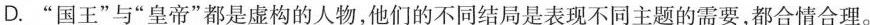
D.”国王”与”皇帝”都是虚构的人物，他们的不同结局是表现不同主题的需要，都合情合理。